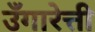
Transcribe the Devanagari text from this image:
उँगारेत्ती